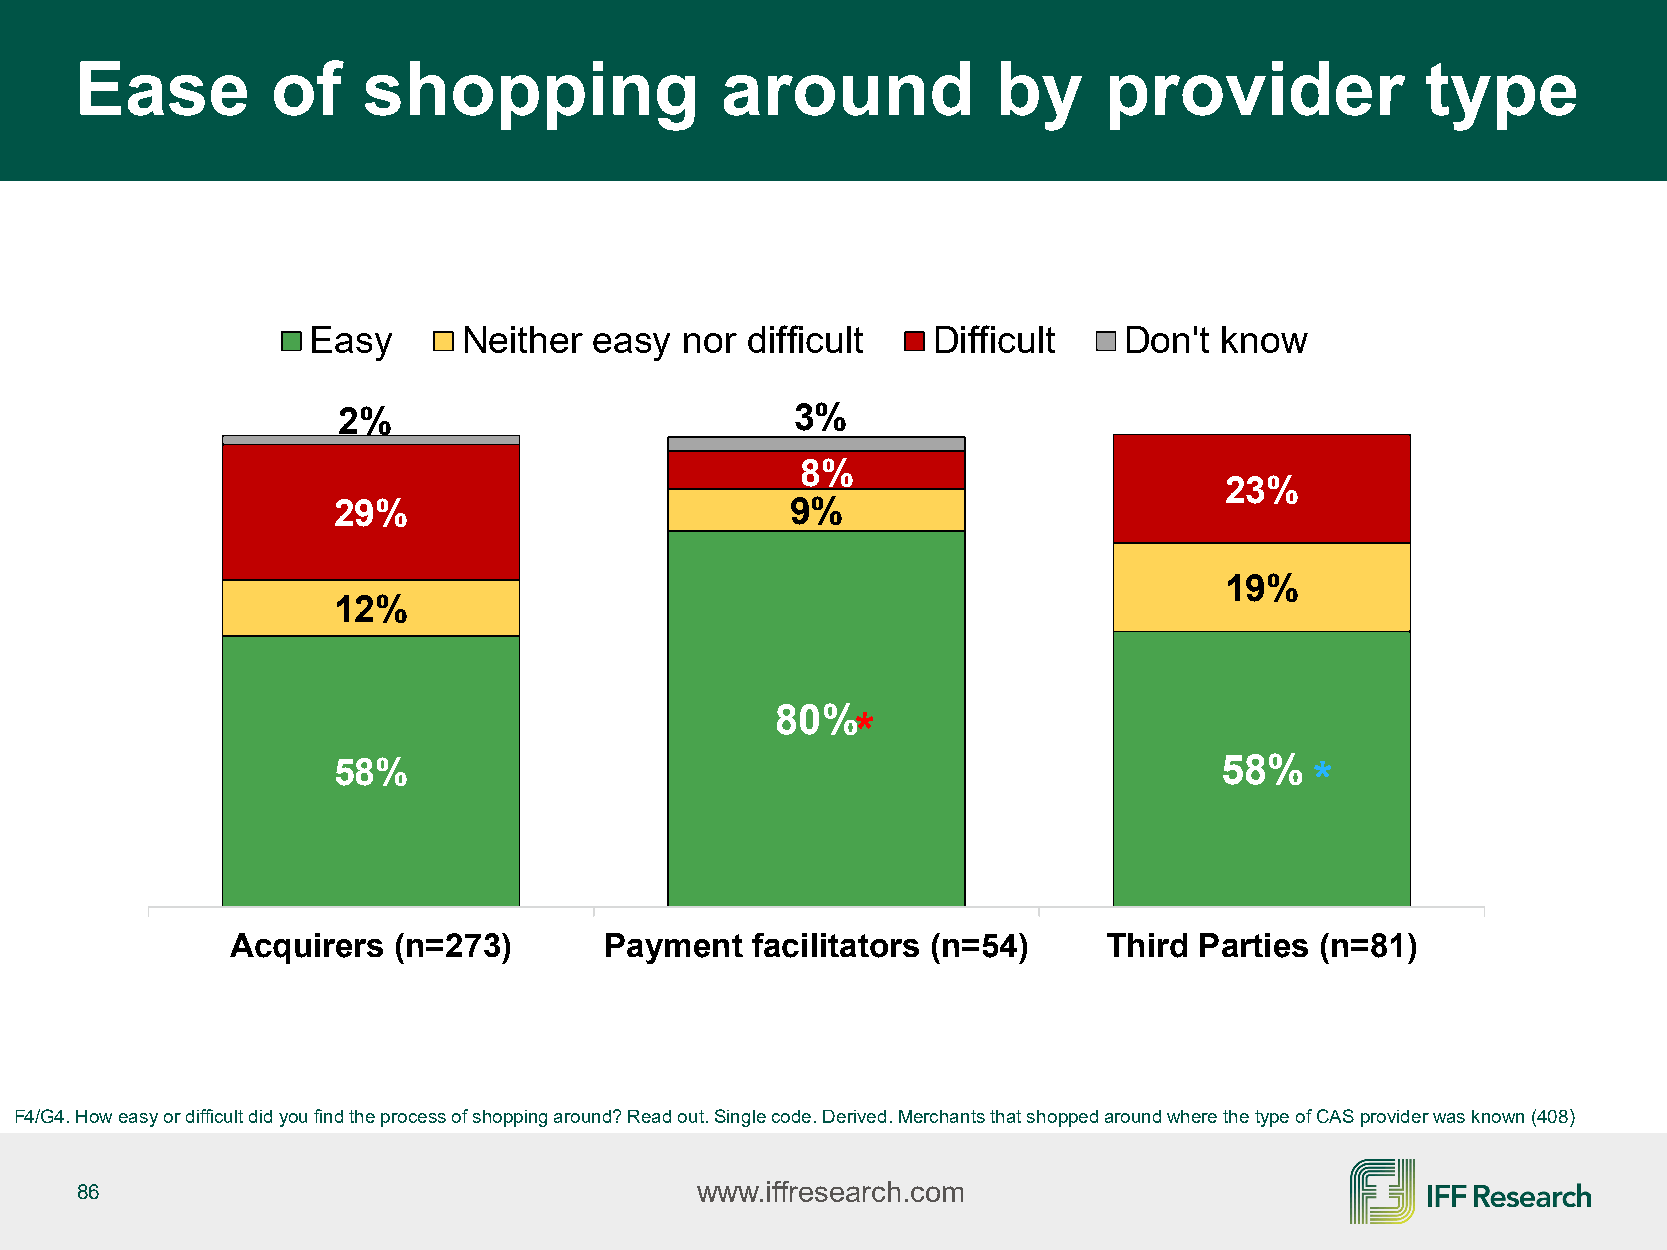
Ease         of    shopping                around            by     provider             type
 Easy       Neither easy  nor difficult    Difficult   Don't  know
 2%                             3%
 8%
 23%
 29%                           9%
 19%
 12%
 80%
 *
 58%                                                        58%   *
 Acquirers  (n=273)       Payment   facilitators (n=54)    Third Parties (n=81)
 F4/G4. How easy or difficult did you find the process of shopping around? Read out. Single code. Derived. Merchants that shoppedaround where the type of CAS provider was known (408)
 86                                       www.iffresearch.com